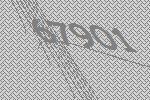
67901